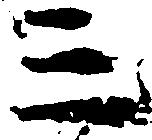
三